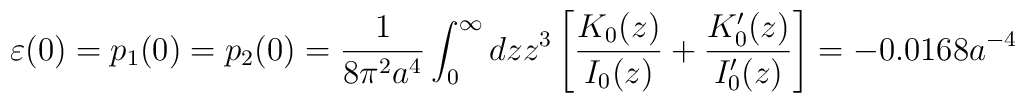
\varepsilon (0)=p_1(0)=p_2(0)=\frac{1}{8\pi ^2a^4}\int_{0}^{\infty}{dzz^3\left[ \frac{K_0(z)} {I_0(z)}+\frac{K'_0(z)}{I'_0(z)}\right]}=-0.0168a^{-4}